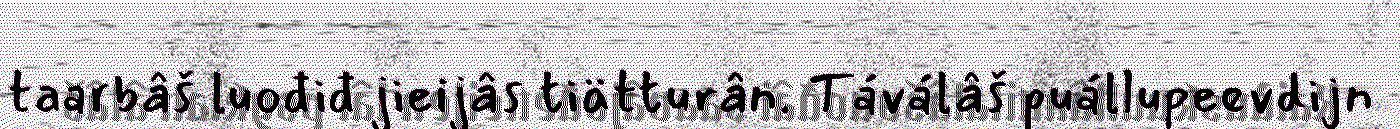
taarbâš luođiđ jieijâs tiätturân. Táválâš puállupeevdijn